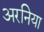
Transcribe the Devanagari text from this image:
अरनिया